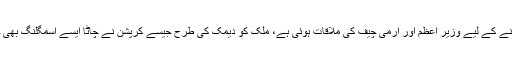
اسمگلنگ روکنے کے لیے وزیر اعظم اور آرمی چیف کی ملاقات ہوئی ہے، ملک کو دیمک کی طرح جیسے کرپشن نے چاٹا ایسے اسمگلنگ بھی چاٹ رہی ہے۔